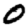
Digit: 0